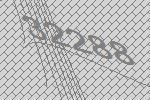
32288